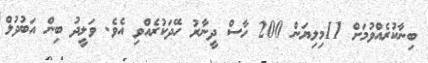
ބިނާކުރެއްވުމަށް 11މިލިޔަން 200 ހާސް ދީނާރު ހޭދަކުރެއްވި އެވެ. ވަލީދު ބިން އަބުދުލް